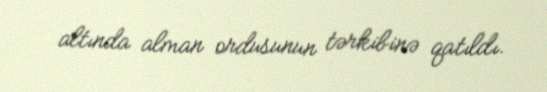
altında alman ordusunun tərkibinə qatıldı.